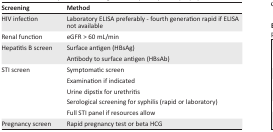
<table><thead><tr><td><b>Screening</b></td><td><b>Method</b></td></tr></thead><tbody><tr><td>HIV infection</td><td>Laboratory ELISA preferably - fourth generation rapid if ELISA not available</td></tr><tr><td>Renal function</td><td>eGFR &gt; 60 mL/min</td></tr><tr><td>Hepatitis B screen</td><td>Surface antigen (HBsAg)Antibody to surface antigen (HBsAb)</td></tr><tr><td>STI screen</td><td>Symptomatic screenExamination if indicatedUrine dipstix for urethritisSerological screening for syphilis (rapid or laboratory)Full STI panel if resources allow</td></tr><tr><td>Pregnancy screen</td><td>Rapid pregnancy test or beta HCG</td></tr></tbody></table>